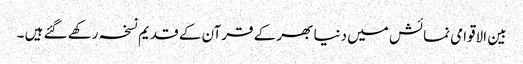
بین الاقوامی نمائش میں دنیا بھر کے قرآن کے قدیم نسخہ رکھے گئے ہیں ۔